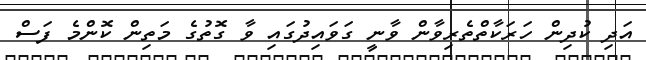
އަދި ކުދިން ހަރަކާތްތެރިވާން ވާނީ ގަވައިދުގައި ވާ ގޮތުގެ މަތިން ކޮންމެ ފަސް